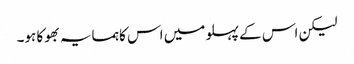
لیکن اس کے پہلو میں اس کا ہمسایہ بھوکا ہو۔